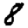
Digit: 8